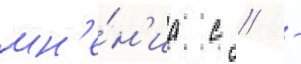
мн'е́н'иа с // -